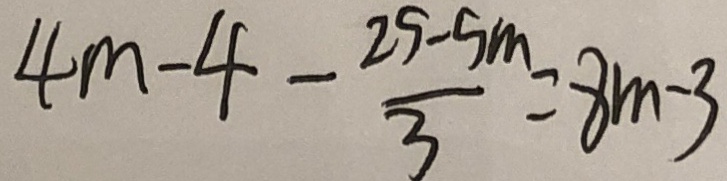
4 m - 4 - \frac { 2 5 - 5 m } { 3 } = 8 m - 3